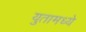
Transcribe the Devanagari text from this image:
युतामध्ये